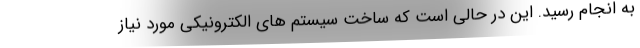
به انجام رسید. این در حالی است که ساخت سیستم های الکترونیکی مورد نیاز